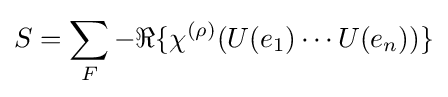
S=\sum _{F}-\Re \{\chi ^{(\rho )}(U(e_{1})\cdots U(e_{n}))\}